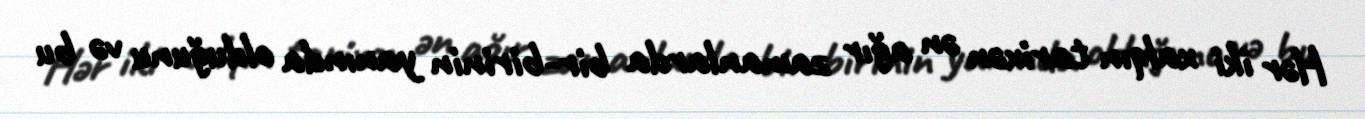
Hər iki xalqın tarixən ən ağır zamanlarda bir-birinin yanında olduğunu və bu